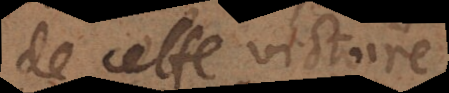
de cette vie